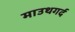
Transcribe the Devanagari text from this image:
माउथगर्द